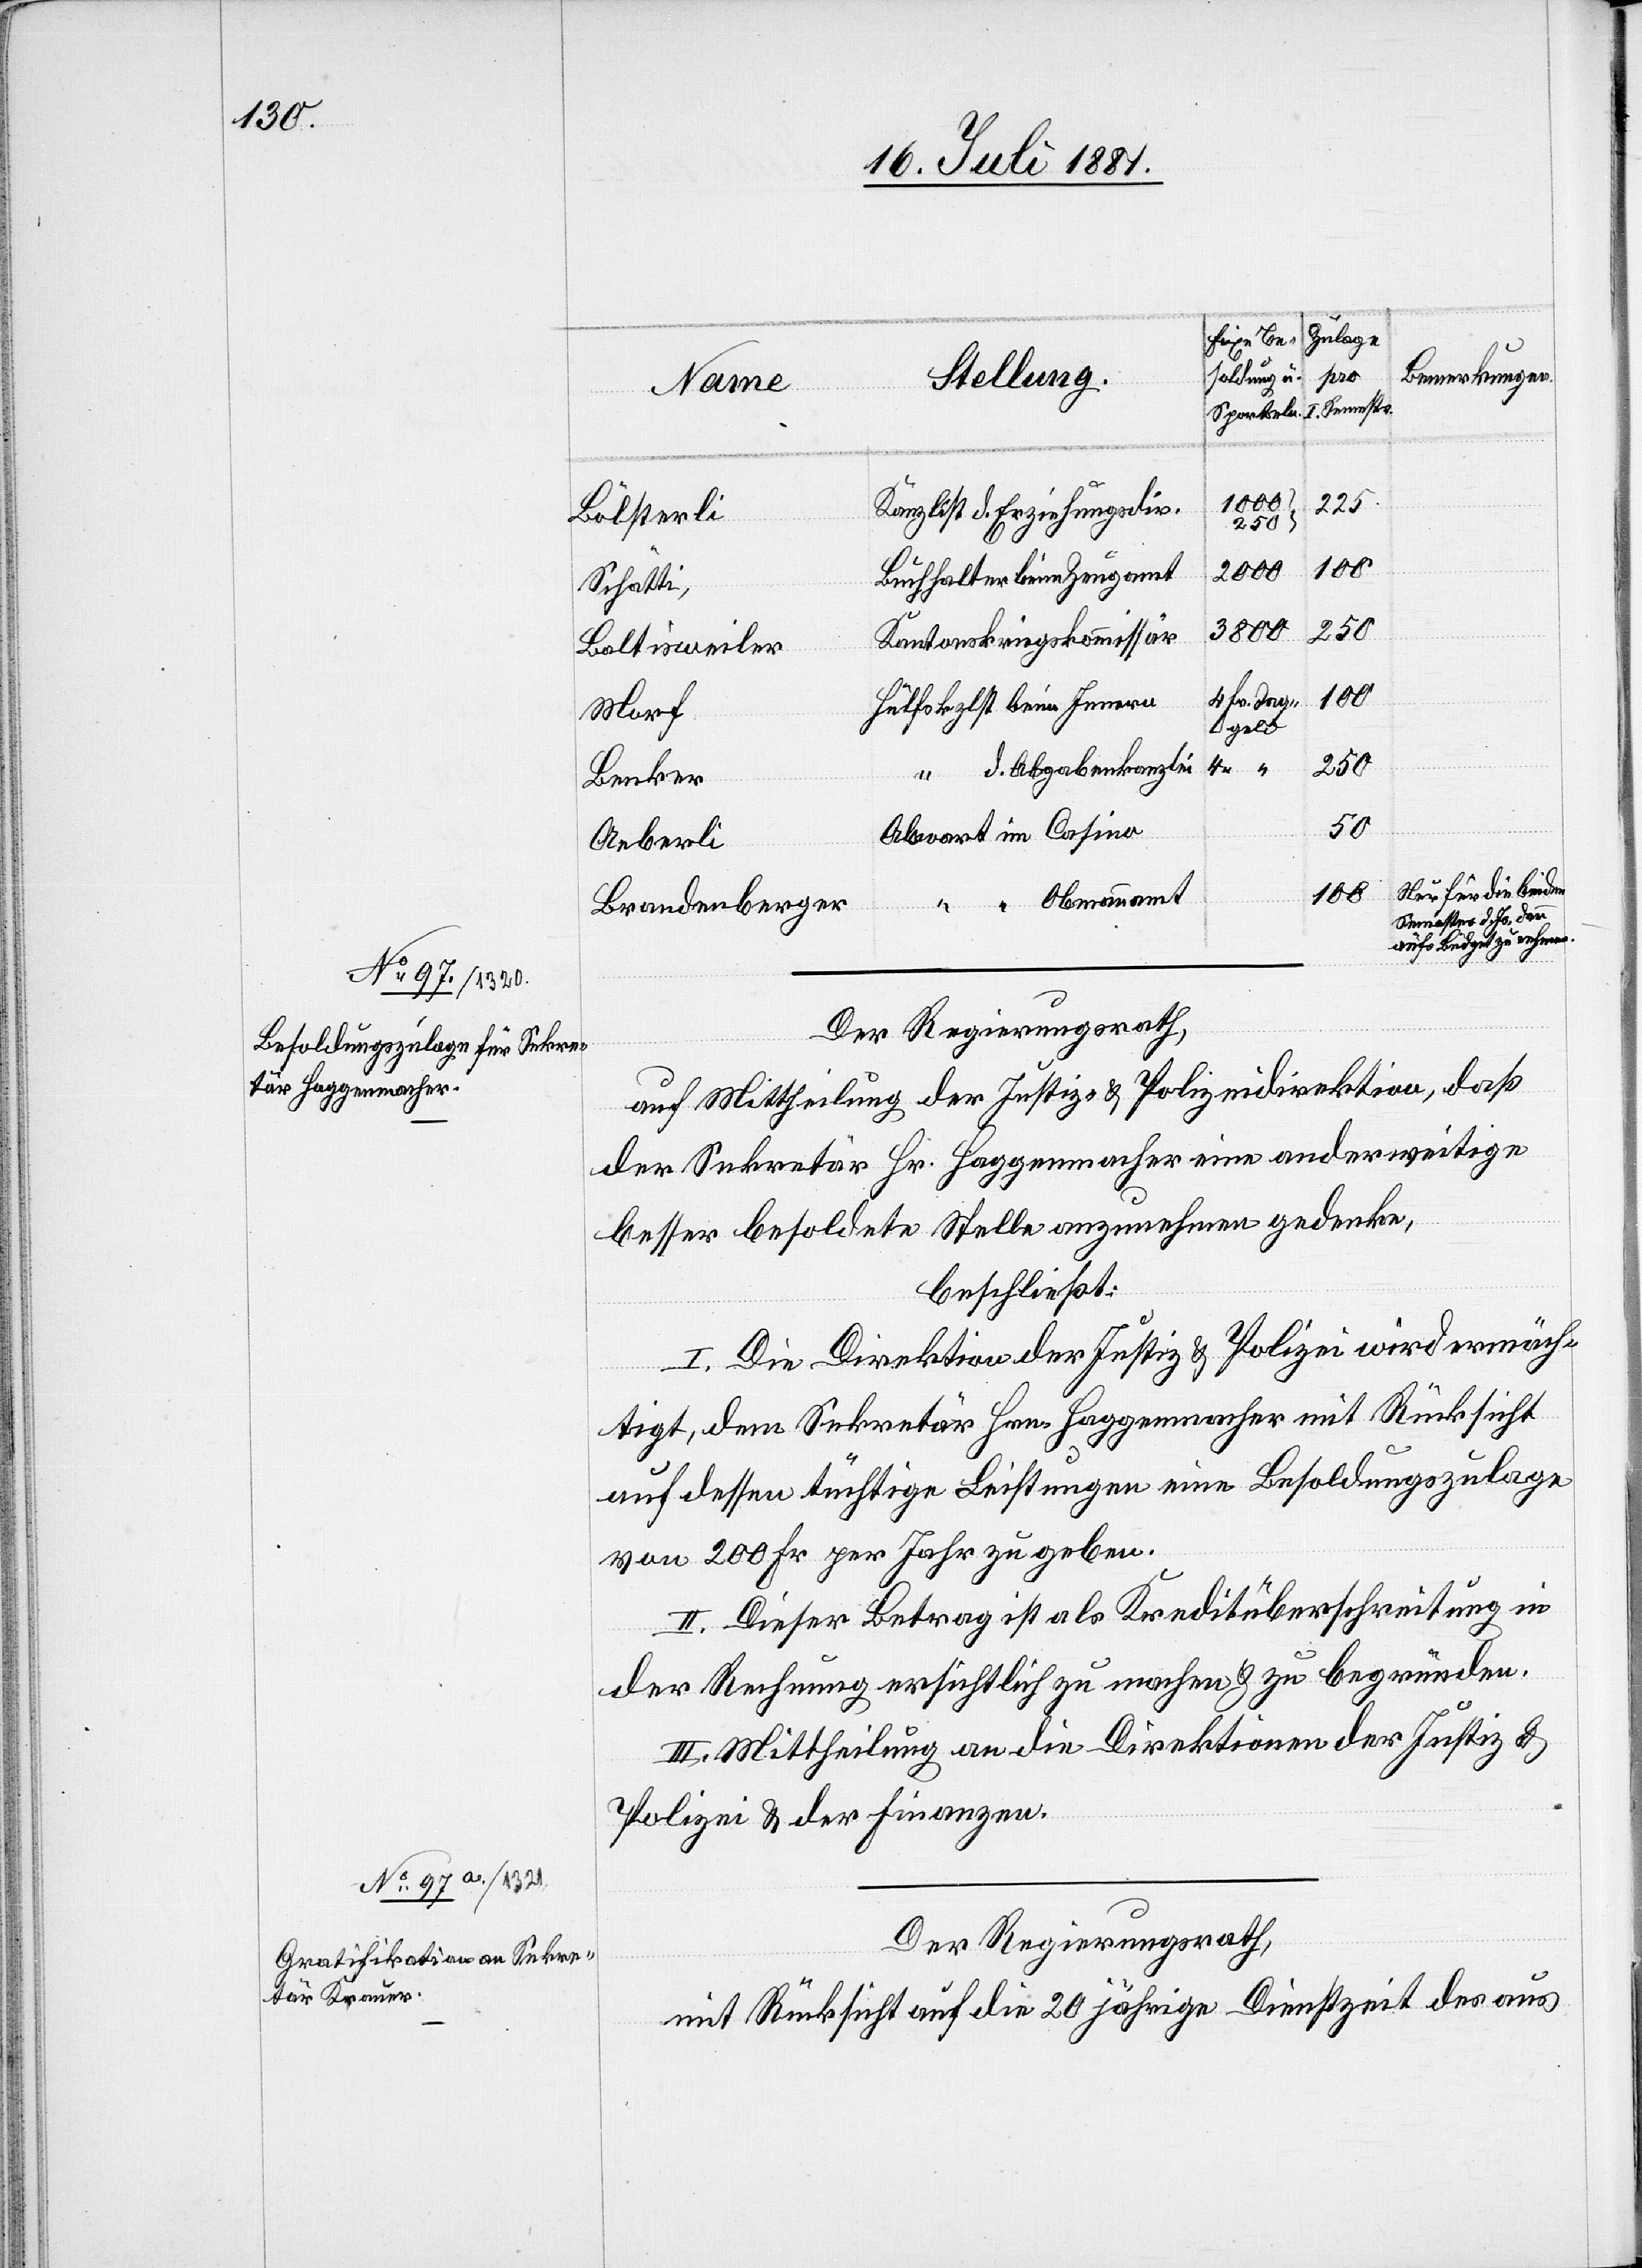
1000
225
Kanzlist d. Erziehungsdir.
Bölsterli
100
2000
Buchhalter beim Zeugamt
Schätti
250
3800
Kantonskriegskommissar
Baltisweiler
4 Fr. Tag¬
Hülfskraft beim Innern
Morf
geld
” d. Abgabenkanzlei
Benker
50
Abwart im Casino
Aeberli
Nur für die beiden
Obmannamt
Semester d. Js. dann
aufs Büdget zu nehmen.
Der Regierungsrath,
auf Mittheilung der Justiz- & Polizeidirektion, daß
der Sekretär Hr. Haggenmacher eine anderweitige
besser besoldete Stelle anzunehmen gedenke,
beschließt:
I. Die Direktion der Justiz & Polizei wird ermäch¬
tigt, der Sekretär Hrn. Haggenmacher mit Rücksicht
auf dessen tüchtige Leistungen eine Besoldungszulage
von 200 Fr. per Jahr zu geben.
II. Dieser Betrag ist als Kreditüberschreitung in
der Rechnung ersichtlich zu machen & zu begründen.
III. Mittheilung an die Direktionen der Justiz &
Polizei & der Finanzen.
Der Regierungsrath,
mit Rücksicht auf die 20 jährige Dienstzeit des aus